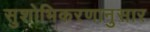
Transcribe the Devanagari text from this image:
सुशोभिकरणानुसार